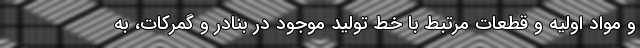
و مواد اولیه و قطعات مرتبط با خط تولید موجود در بنادر و گمرکات، به